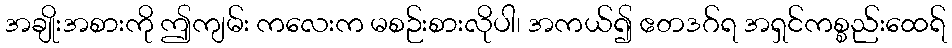
အချိုးအစားကို ဤကျမ်း ကလေးက မစဉ်းစားလိုပါ၊ အကယ်၍ ဧတဒဂ်ရ အရှင်ကစ္စည်းထေရ်